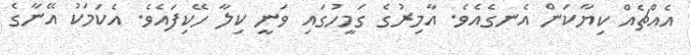
އެއްޗެއް ކިޔާކަން އެނގެއެވެ. އާމިރުގެ ގަމީހުގައި ވަނީ ކިލާ ހޭކިފައެވެ. އެކަމަކު އޭނާގެ